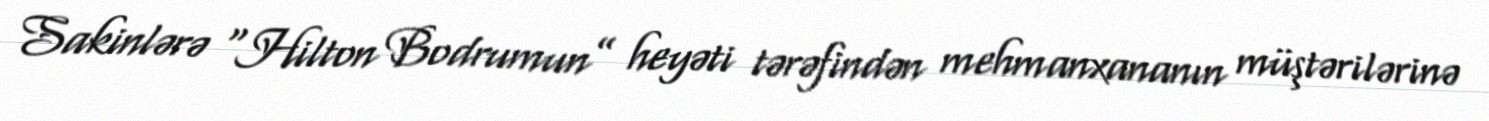
Sakinlərə “Hilton Bodrumun” heyəti tərəfindən mehmanxananın müştərilərinə